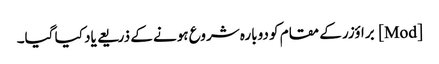
[Mod] براؤزر کے مقام کو دوبارہ شروع ہونے کے ذریعے یاد کیا گیا۔